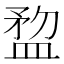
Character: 𥂂